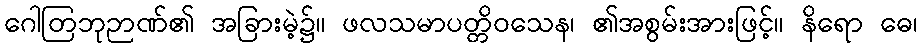
ဂေါတြဘုဉာဏ်၏ အခြားမဲ့၌။ ဖလသမာပတ္တိဝသေန၊ ၏အစွမ်းအားဖြင့်။ နိရော ဓေ၊